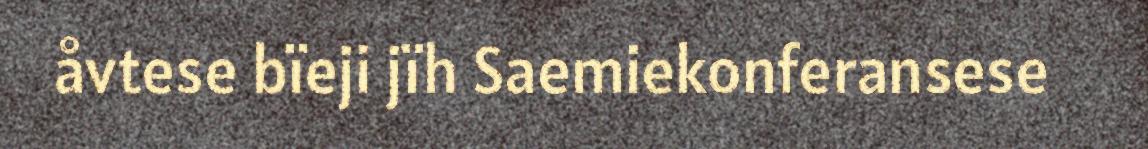
åvtese bïeji jïh Saemiekonferansese